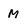
Character: M